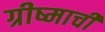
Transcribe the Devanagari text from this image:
ग्रीष्माची